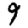
Digit: 9